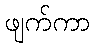
ဖျက်ကာ